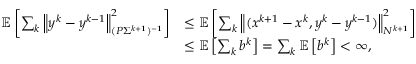
\begin{array} { r l } { \mathbb { E } \left[ \sum _ { k } \left\| y ^ { k } - y ^ { k - 1 } \right\| _ { ( P \Sigma ^ { k + 1 } ) ^ { - 1 } } ^ { 2 } \right] } & { \leq \mathbb { E } \left[ \sum _ { k } \left\| ( x ^ { k + 1 } - x ^ { k } , y ^ { k } - y ^ { k - 1 } ) \right\| _ { N ^ { k + 1 } } ^ { 2 } \right] } \\ & { \leq \mathbb { E } \left[ \sum _ { k } b ^ { k } \right] = \sum _ { k } \mathbb { E } \left[ b ^ { k } \right] < \infty , } \end{array}